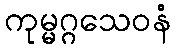
ကုမ္မဂ္ဂသေဝနံ